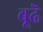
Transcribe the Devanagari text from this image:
बूढॆ